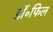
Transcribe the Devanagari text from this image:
डॉ॰फिल